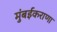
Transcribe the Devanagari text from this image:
मुंबईकराणा